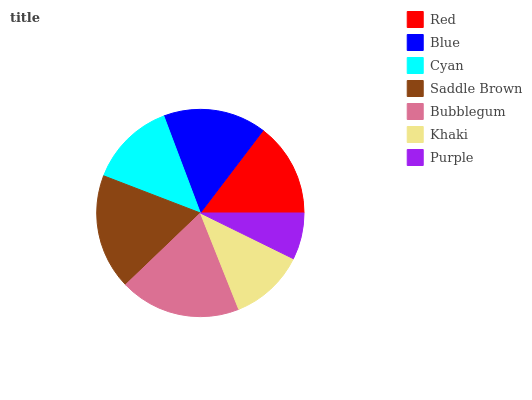
| Red | Blue | Cyan | Saddle Brown | Bubblegum | Khaki | Purple |
 | --- | --- | --- | --- | --- | --- | --- |
 | 14.6% | 16.1% | 13.4% | 18% | 18.9% | 11.7% | 7.27% |